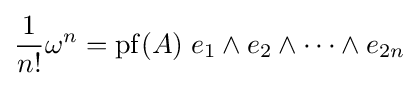
{\frac {1}{n!}}\omega ^{n}=\operatorname {pf} (A)\;e_{1}\wedge e_{2}\wedge \cdots \wedge e_{2n}